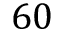
6 0